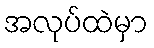
အလုပ်ထဲမှာ